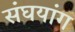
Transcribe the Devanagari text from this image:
संघयांग